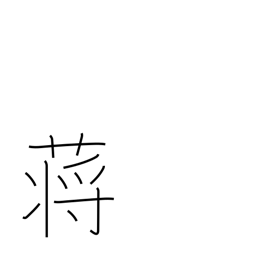
Meaning: reed